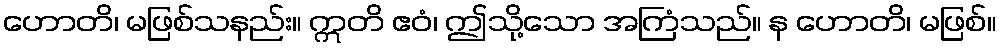
ဟောတိ၊ မဖြစ်သနည်း။ ဣတိ ဧဝံ၊ ဤသို့သော အကြံသည်။ န ဟောတိ၊ မဖြစ်။